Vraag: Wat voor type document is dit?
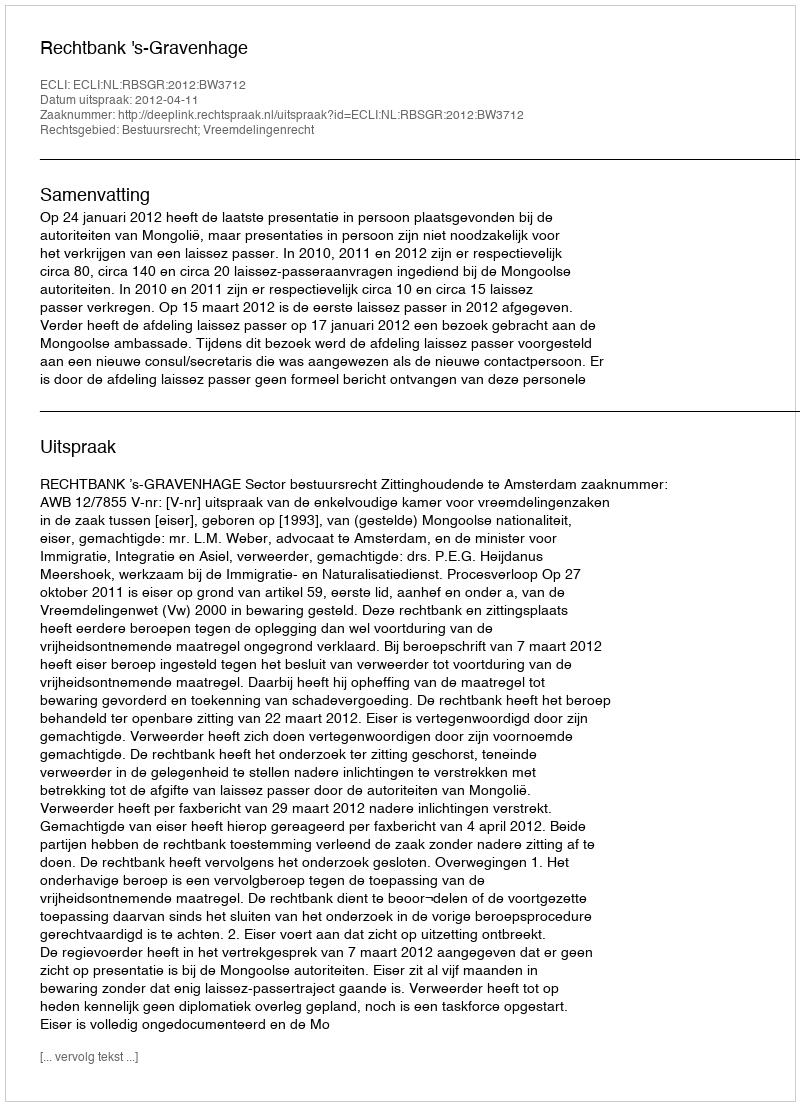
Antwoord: Uitspraak